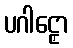
ပဂါဠှော